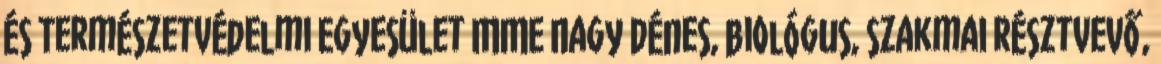
és Természetvédelmi Egyesület MME Nagy Dénes, biológus, szakmai résztvevő,